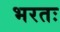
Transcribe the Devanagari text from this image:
भरतः